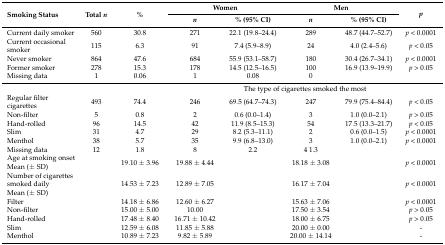
<table><thead><tr><td rowspan="2"><b>Smoking Status</b></td><td rowspan="2"><b>Total <i>n</i></b></td><td rowspan="2"><b>%</b></td><td colspan="2"><b>Women </b></td><td colspan="2"><b>Men </b></td><td rowspan="2"><b><i>p</i></b></td></tr><tr><td><b><i>n</i></b></td><td><b>% (95% CI)</b></td><td><b><i>n</i></b></td><td><b>% (95% CI)</b></td></tr></thead><tbody><tr><td>Current daily smoker</td><td>560</td><td>30.8</td><td>271</td><td>22.1 (19.8–24.4)</td><td>289</td><td>48.7 (44.7–52.7)</td><td><i>p</i> &lt; 0.0001</td></tr><tr><td>Current occasional smoker</td><td>115</td><td> 6.3</td><td>91</td><td>7.4 (5.9–8.9)</td><td>24</td><td>4.0 (2.4–5.6)</td><td><i>p</i> &lt; 0.05</td></tr><tr><td>Never smoker</td><td>864</td><td>47.6</td><td>684</td><td>55.9 (53.1–58.7)</td><td>180</td><td>30.4 (26.7–34.1)</td><td><i>p</i> &lt; 0.0001</td></tr><tr><td>Former smoker</td><td>278</td><td>15.3</td><td>178</td><td>14.5 (12.5–16.5)</td><td>100 </td><td>16.9 (13.9–19.9)</td><td><i>p</i> &gt; 0.05</td></tr><tr><td>Missing data</td><td>1</td><td>0.06</td><td>1 </td><td>0.08</td><td>0</td><td></td><td></td></tr><tr><td></td><td></td><td></td><td colspan="5">The type of cigarettes smoked the most</td></tr><tr><td>Regular filter cigarettes</td><td>493</td><td>74.4</td><td>246</td><td>69.5 (64.7–74.3)</td><td>247</td><td>79.9 (75.4–84.4)</td><td><i>p</i> &lt; 0.05</td></tr><tr><td>Non-filter</td><td>5</td><td>0.8</td><td>2</td><td>0.6 (0.0–1.4)</td><td>3</td><td>1.0 (0.0–2.1)</td><td><i>p</i> &gt; 0.05</td></tr><tr><td>Hand-rolled</td><td>96</td><td>14.5</td><td>42</td><td>11.9 (8.5–15.3)</td><td>54 </td><td>17.5 (13.3–21.7)</td><td><i>p</i> &lt; 0.05</td></tr><tr><td>Slim </td><td>31</td><td>4.7</td><td>29</td><td>8.2 (5.3–11.1)</td><td>2 </td><td>0.6 (0.0–1.5)</td><td><i>p</i> &lt; 0.0001</td></tr><tr><td>Menthol</td><td>38</td><td>5.7</td><td>35</td><td>9.9 (6.8–13.0)</td><td>3 </td><td>1.0 (0.0–2.1)</td><td><i>p</i> &lt; 0.0001</td></tr><tr><td>Missing data</td><td>12</td><td>1.8</td><td>8 </td><td>2.2</td><td>4 1.3</td><td></td><td></td></tr><tr><td>Age at smoking onset Mean (± SD)</td><td></td><td>19.10 ± 3.96</td><td>19.88 ± 4.44</td><td></td><td>18.18 ± 3.08</td><td></td><td><i>p</i> &lt; 0.0001</td></tr><tr><td>Number of cigarettes smoked daily Mean (± SD)</td><td></td><td>14.53 ± 7.23</td><td>12.89 ± 7.05</td><td></td><td>16.17 ± 7.04</td><td></td><td><i>p</i> &lt; 0.0001</td></tr><tr><td>Filter</td><td></td><td>14.18 ± 6.86</td><td>12.60 ± 6.27</td><td></td><td>15.63 ± 7.06</td><td></td><td><i>p</i> &lt; 0.0001</td></tr><tr><td>Non-filter</td><td></td><td>15.00 ± 5.00</td><td>10.00</td><td></td><td>17.50 ± 3.54</td><td></td><td><i>p</i> &gt; 0.05</td></tr><tr><td>Hand-rolled</td><td></td><td>17.48 ± 8.40</td><td>16.71 ± 10.42</td><td></td><td>18.00 ± 6.75</td><td></td><td><i>p</i> &gt; 0.05</td></tr><tr><td>Slim </td><td></td><td>12.59 ± 6.08</td><td>11.85 ± 5.88</td><td></td><td>20.00 ± 0.00</td><td></td><td>-</td></tr><tr><td>Menthol</td><td></td><td>10.89 ± 7.23</td><td>9.82 ± 5.89</td><td></td><td>20.00 ± 14.14</td><td></td><td>-</td></tr></tbody></table>